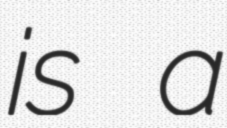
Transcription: is a